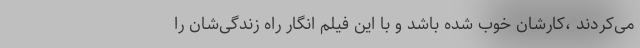
می‌کردند ،کارشان خوب شده باشد و با این فیلم انگار راه زندگی‌شان را